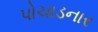
પોચાડનાર